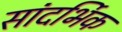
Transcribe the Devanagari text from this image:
सांदर्भिक